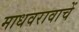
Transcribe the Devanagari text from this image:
माधवरावाचें